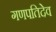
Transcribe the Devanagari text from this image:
गणपतिदेव